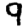
Digit: 9